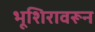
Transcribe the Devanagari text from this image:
भूशिरावरून